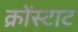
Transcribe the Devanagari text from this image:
क्रोंस्टाट